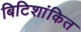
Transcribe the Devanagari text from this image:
बिटिशांकित